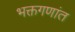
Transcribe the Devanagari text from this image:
भक्तगणांत